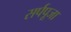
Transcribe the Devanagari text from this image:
सर्पपूजा